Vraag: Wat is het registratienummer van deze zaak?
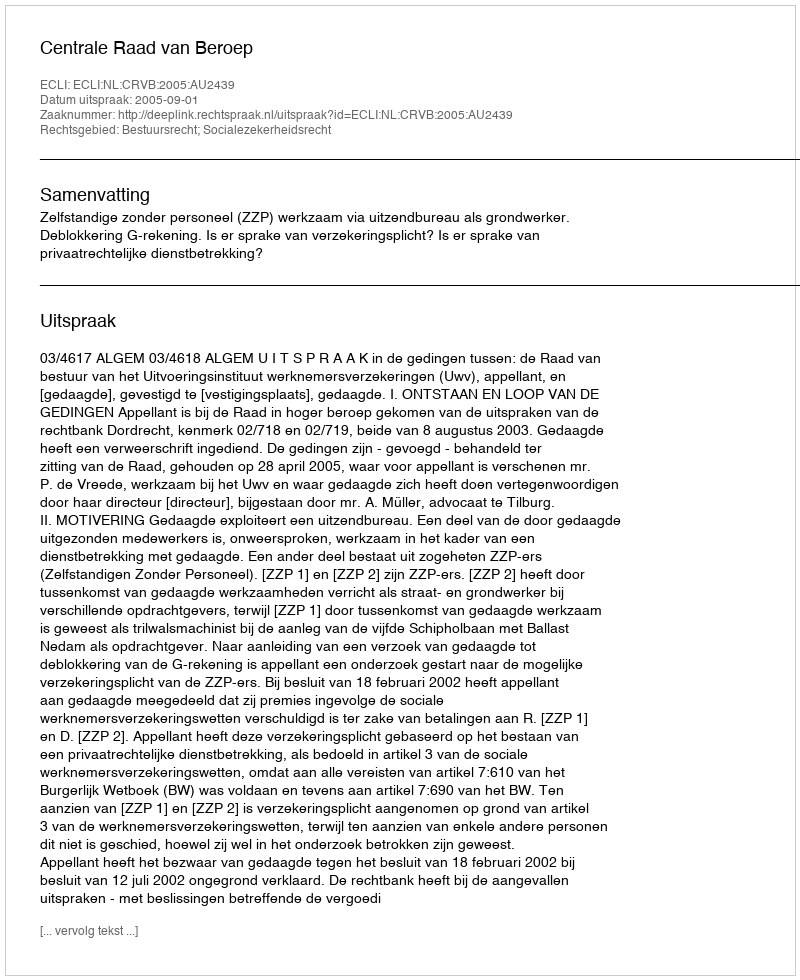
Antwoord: http://deeplink.rechtspraak.nl/uitspraak?id=ECLI:NL:CRVB:2005:AU2439